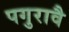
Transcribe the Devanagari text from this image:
पगुरावै